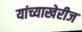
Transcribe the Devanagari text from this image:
यांच्याखेरीज